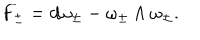
F _ { \pm } = d \omega _ { \pm } - \omega _ { \pm } \wedge \omega _ { \pm } .